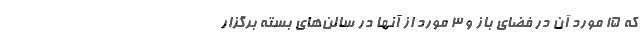
که 15 مورد آن در فضای باز و 3 مورد از آنها در سالن‌های بسته برگزار